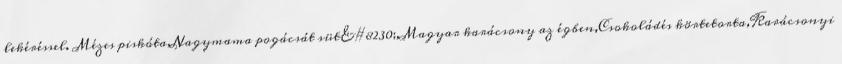
lekéréssel. Mézes piskóta,Nagymama pogácsát süt&#8230;,Magyar karácsony az égben,Csokoládés körtetorta,Karácsonyi